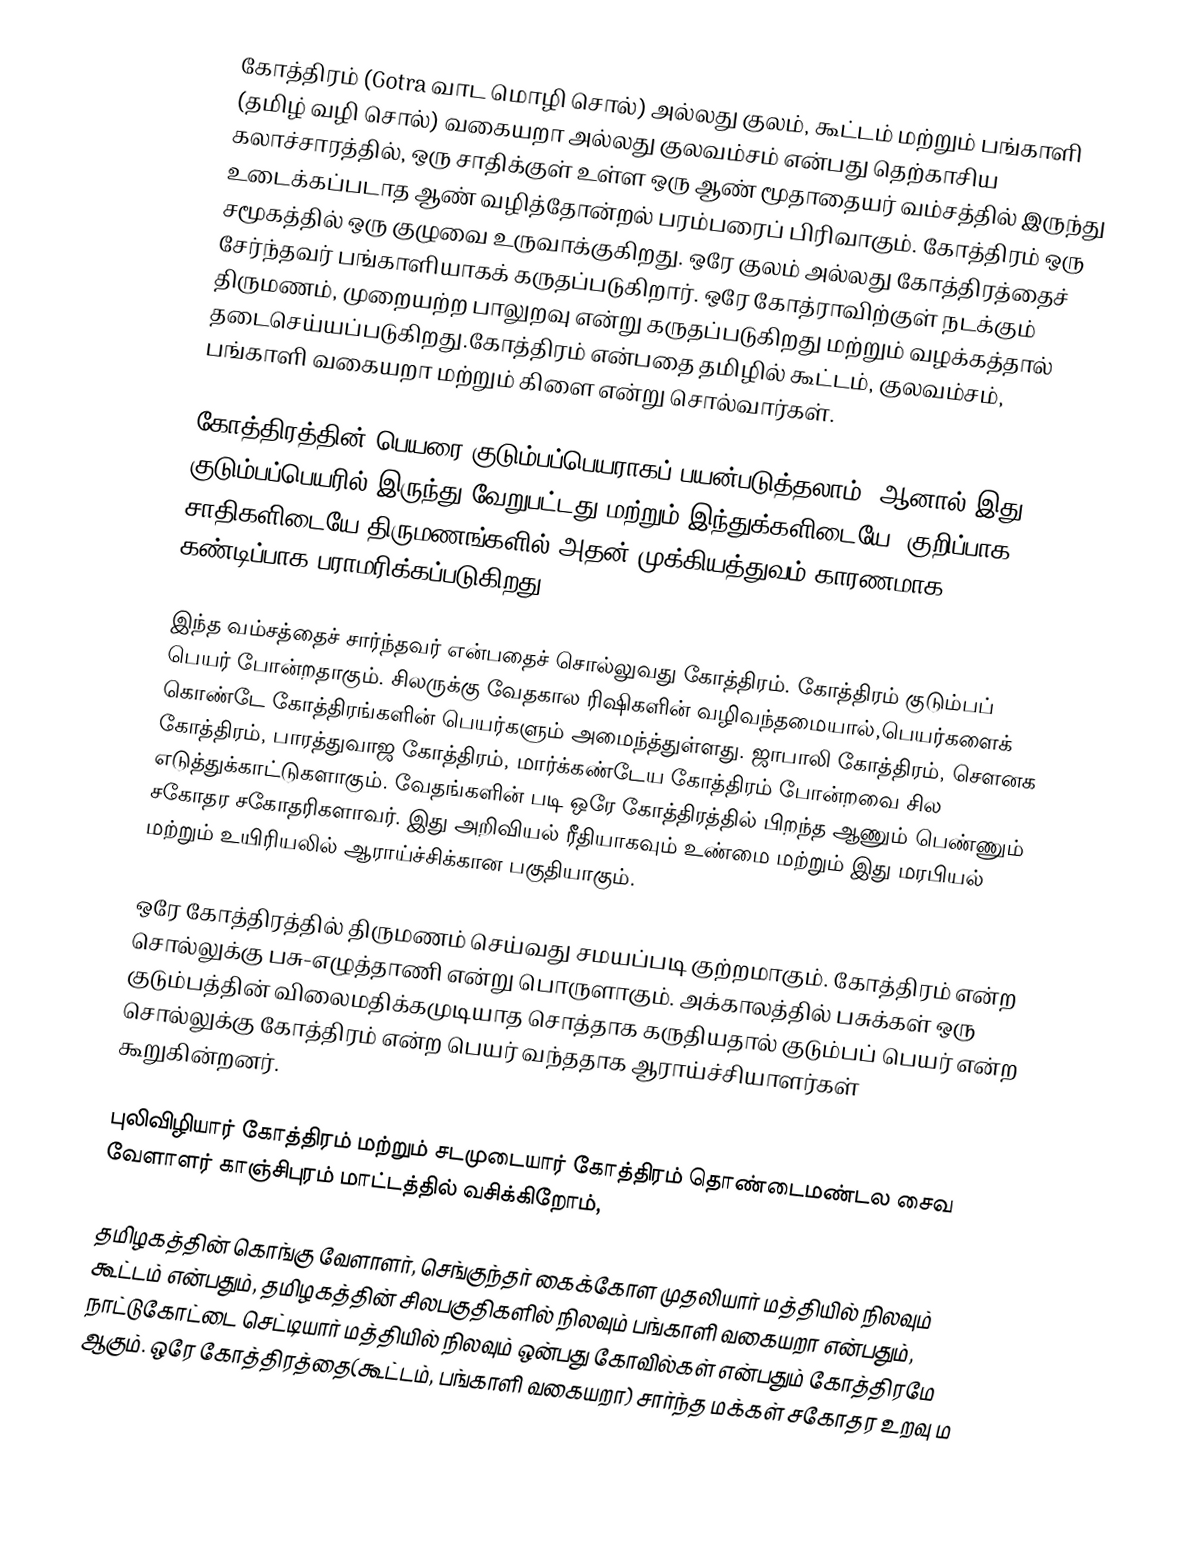
கோத்திரம் (Gotra வாட மொழி சொல்) அல்லது குலம், கூட்டம் மற்றும் பங்காளி (தமிழ் வழி சொல்) வகையறா அல்லது குலவம்சம் என்பது தெற்காசிய கலாச்சாரத்தில், ஒரு சாதிக்குள் உள்ள ஒரு ஆண் மூதாதையர் வம்சத்தில் இருந்து உடைக்கப்படாத ஆண் வழித்தோன்றல் பரம்பரைப் பிரிவாகும். கோத்திரம் ஒரு சமூகத்தில் ஒரு குழுவை உருவாக்குகிறது. ஒரே குலம் அல்லது கோத்திரத்தைச் சேர்ந்தவர் பங்காளியாகக் கருதப்படுகிறார். ஒரே கோத்ராவிற்குள் நடக்கும் திருமணம், முறையற்ற பாலுறவு என்று கருதப்படுகிறது மற்றும் வழக்கத்தால் தடைசெய்யப்படுகிறது.கோத்திரம் என்பதை தமிழில் கூட்டம், குலவம்சம், பங்காளி வகையறா மற்றும் கிளை என்று சொல்வார்கள்.

கோத்திரத்தின் பெயரை குடும்பப்பெயராகப் பயன்படுத்தலாம், ஆனால் இது குடும்பப்பெயரில் இருந்து வேறுபட்டது மற்றும் இந்துக்களிடையே, குறிப்பாக சாதிகளிடையே திருமணங்களில் அதன் முக்கியத்துவம் காரணமாக கண்டிப்பாக பராமரிக்கப்படுகிறது.

இந்த வம்சத்தைச் சார்ந்தவர் என்பதைச் சொல்லுவது கோத்திரம். கோத்திரம் குடும்பப் பெயர் போன்றதாகும். சிலருக்கு வேதகால ரிஷிகளின் வழிவந்தமையால்,பெயர்களைக் கொண்டே கோத்திரங்களின் பெயர்களும் அமைந்த்துள்ளது. ஜாபாலி கோத்திரம், சௌனக கோத்திரம், பாரத்துவாஜ கோத்திரம், மார்க்கண்டேய கோத்திரம் போன்றவை சில எடுத்துக்காட்டுகளாகும். வேதங்களின் படி ஒரே கோத்திரத்தில் பிறந்த ஆணும் பெண்ணும் சகோதர சகோதரிகளாவர். இது அறிவியல் ரீதியாகவும் உண்மை மற்றும் இது மரபியல் மற்றும் உயிரியலில் ஆராய்ச்சிக்கான பகுதியாகும்.

ஒரே கோத்திரத்தில் திருமணம் செய்வது சமயப்படி குற்றமாகும். கோத்திரம் என்ற சொல்லுக்கு பசு-எழுத்தாணி என்று பொருளாகும். அக்காலத்தில் பசுக்கள் ஒரு குடும்பத்தின் விலைமதிக்கமுடியாத சொத்தாக கருதியதால் குடும்பப் பெயர் என்ற சொல்லுக்கு கோத்திரம் என்ற பெயர் வந்ததாக ஆராய்ச்சியாளர்கள் கூறுகின்றனர்.

புலிவிழியார் கோத்திரம் மற்றும் சடமுடையார் கோத்திரம்  தொண்டைமண்டல சைவ வேளாளர் காஞ்சிபுரம் மாட்டத்தில் வசிக்கிறோம்,

தமிழகத்தின் கொங்கு வேளாளர், செங்குந்தர் கைக்கோள முதலியார் மத்தியில் நிலவும் கூட்டம் என்பதும், தமிழகத்தின் சிலபகுதிகளில் நிலவும் பங்காளி வகையறா என்பதும், நாட்டுகோட்டை செட்டியார் மத்தியில் நிலவும் ஒன்பது கோவில்கள் என்பதும் கோத்திரமே ஆகும். ஒரே கோத்திரத்தை(கூட்டம், பங்காளி வகையறா) சார்ந்த மக்கள் சகோதர உறவு ம